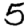
Digit: 5